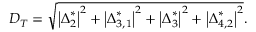
D _ { T } = \sqrt { { { \left| { \boldsymbol { \Delta } _ { 2 } ^ { * } } \right| } ^ { 2 } } + { { \left| { \boldsymbol { \Delta } _ { 3 , 1 } ^ { * } } \right| } ^ { 2 } } + { { \left| { \boldsymbol { \Delta } _ { 3 } ^ { * } } \right| } ^ { 2 } } + { { \left| { \boldsymbol { \Delta } _ { 4 , 2 } ^ { * } } \right| } ^ { 2 } } } .